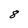
Character: 8